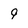
Character: q